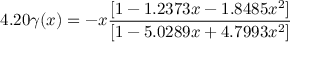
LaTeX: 4 . 2 0 \gamma ( x ) = - x \frac { [ 1 - 1 . 2 3 7 3 x - 1 . 8 4 8 5 x ^ { 2 } ] } { [ 1 - 5 . 0 2 8 9 x + 4 . 7 9 9 3 x ^ { 2 } ] }